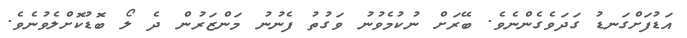
އަޑުފަށްގަނޑު ގަދަވެގެންނެވެ. ބޭރަށް ނުކުމެވުނު ވަގުތު ފެނުނު މަންޒަރުން ދެ ލޯ ބޮޑުކޮށްލެވުނެވެ.